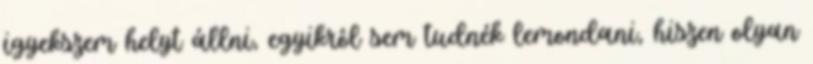
igyekszem helyt állni, egyikrôl sem tudnék lemondani, hiszen olyan